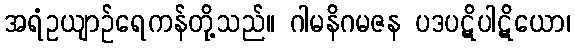
အရံဥယျာဉ်ရေကန်တို့သည်။ ဂါမနိဂမဇန ပဒပဋိပါဋိယော၊